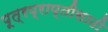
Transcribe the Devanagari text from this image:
पूत्रप्राप्तीसाठी